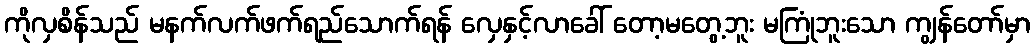
ကိုလှစိန်သည် မနက်လက်ဖက်ရည်သောက်ရန် လှေနှင့်လာခေါ် တော့မတွေ့ဘူး မကြုံဘူးသော ကျွန်တော်မှာ